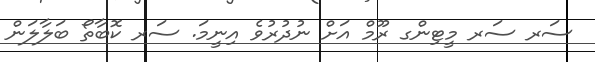
ސަރ ސަރ މީޓިންގ ރޫމް އަށް ނުދުރުވެ އިނީމަ. ސަރ ކޮބާތޯ ބަލާލަން